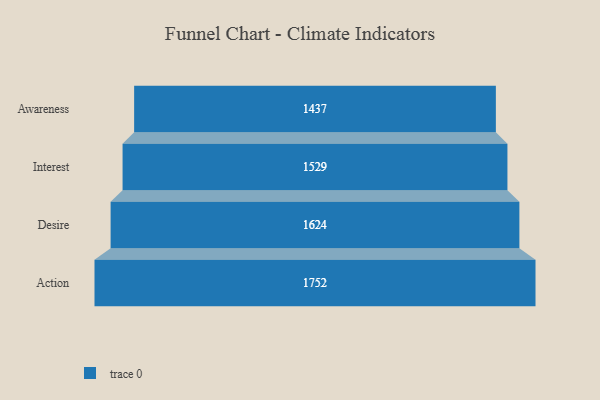
{"axis": {"x": "Stage", "y": "Value"}, "legend": [""], "data": [{"x": "Awareness", "y": 1437.0, "type": ""}, {"x": "Interest", "y": 1529.0, "type": ""}, {"x": "Desire", "y": 1624.0, "type": ""}, {"x": "Action", "y": 1752.0, "type": ""}]}